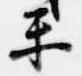
楽